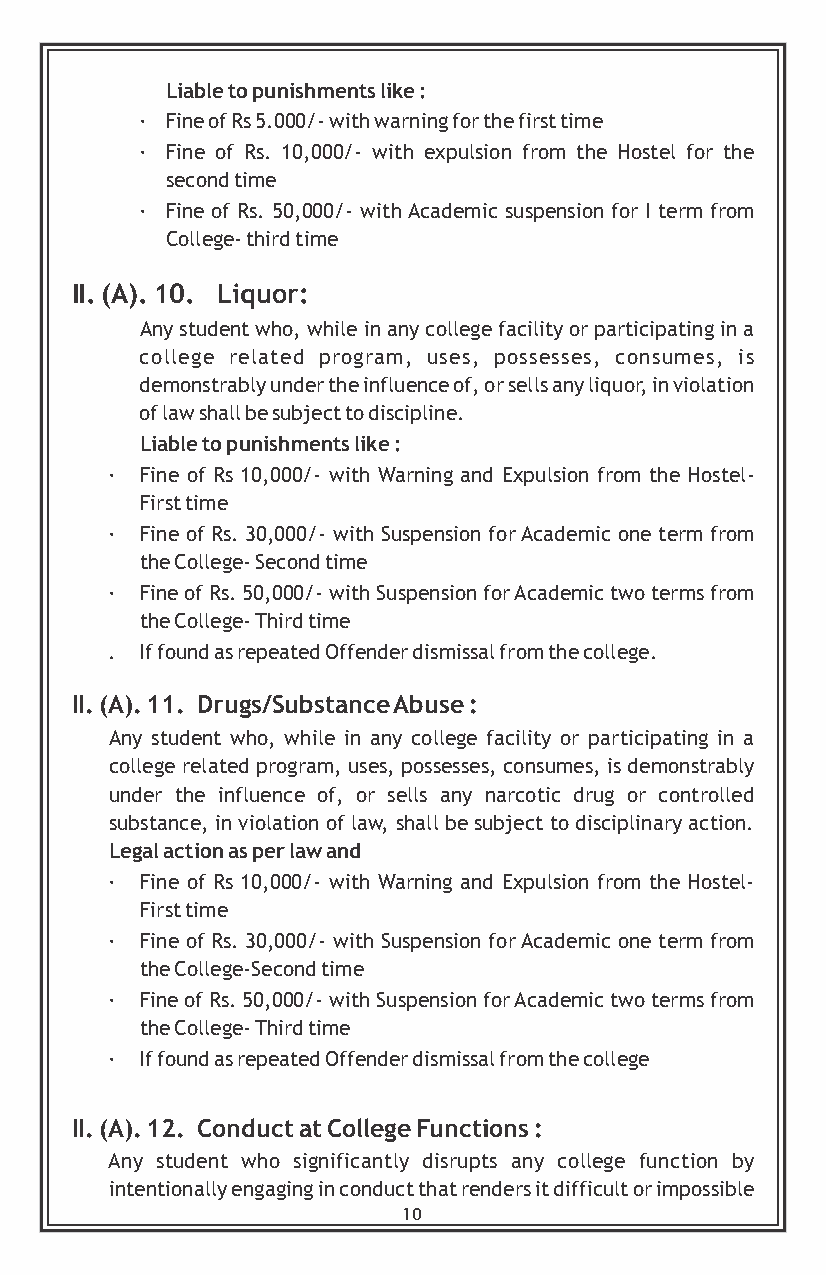
Liable to punishments like :
 · Fine of Rs 5.000/- with warning for the first time
 · Fine of Rs. 10,000/- with expulsion from the Hostel for the
 second time
 · Fine of Rs. 50,000/- with Academic suspension for I term from
 College- third time
 II. (A). 10. Liquor:
 Any student who, while in any college facility or participating in a
 college related program, uses, possesses, consumes, is
 demonstrably under the influence of, or sells any liquor, in violation
 of law shall be subject to discipline.
 Liable to punishments like :
 · Fine of Rs 10,000/- with Warning and Expulsion from the Hostel-
 First time
 · Fine of Rs. 30,000/- with Suspension for Academic one term from
 the College- Second time
 · Fine of Rs. 50,000/- with Suspension for Academic two terms from
 the College- Third time
 . If found as repeated Offender dismissal from the college.
 II. (A). 11. Drugs/Substance Abuse :
 Any student who, while in any college facility or participating in a
 college related program, uses, possesses, consumes, is demonstrably
 under the influence of, or sells any narcotic drug or controlled
 substance, in violation of law, shall be subject to disciplinary action.
 Legal action as per law and
 · Fine of Rs 10,000/- with Warning and Expulsion from the Hostel-
 First time
 · Fine of Rs. 30,000/- with Suspension for Academic one term from
 the College-Second time
 · Fine of Rs. 50,000/- with Suspension for Academic two terms from
 the College- Third time
 · If found as repeated Offender dismissal from the college
 II. (A). 12. Conduct at College Functions :
 Any student who significantly disrupts any college function by
 intentionally engaging in conduct that renders it difficult or impossible
 10